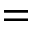
=